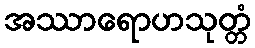
အဿာရောဟသုတ္တံ